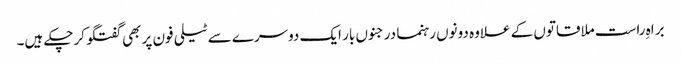
براہِ راست ملاقاتوں کے علاوہ دونوں رہنما درجنوں بار ایک دوسرے سے ٹیلی فون پر بھی گفتگو کرچکے ہیں۔